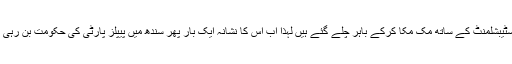
کرپشن کے الزامات کا پہلا نشانہ نواز شریف تھے چونکہ اب وہ ایسٹیبشلمنٹ کے ساتھ مک مکا کرکے باہر چلے گئے ہیں لہذا اب اس کا نشانہ ایک بار پھر سندھ میں پیپلز پارٹی کی حکومت بن رہی ہے جو کہ ایسٹیبلشمنٹ کی نظروں میں بری طرح کٹھک رہی ہے۔